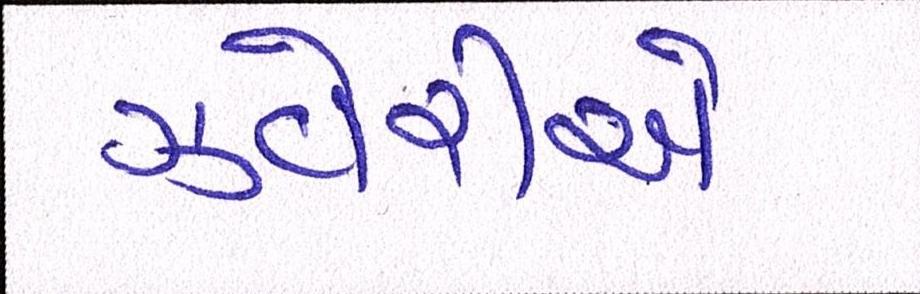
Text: ઝવેરીએ